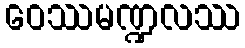
ဝေဿမဏ္ဍလဿ